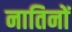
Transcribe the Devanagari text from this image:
नातिनों